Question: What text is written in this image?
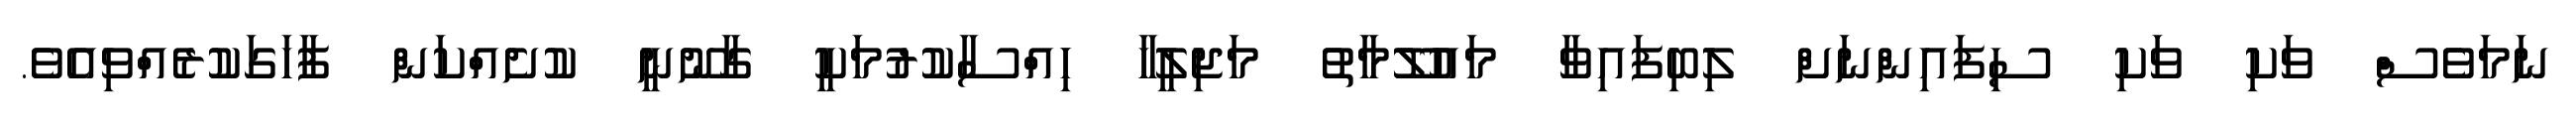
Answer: ނަމަވެސް ވަކި ވަކި ސިފައިންނަށް ލިބިފައިވާ މައުލޫމާތު މަޖިލީހާ ހިއްސާކުރުމަކީ ގާނޫނީ ކުށެއްކަން ފާހަގަކުރެއްވިއެވެ.